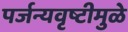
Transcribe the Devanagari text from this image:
पर्जन्यवृष्टीमुळे